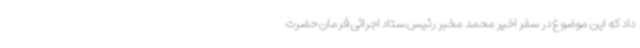
داد که این موضوع در سفر اخیر محمد مخبر رئیس ستاد اجرائی فرمان حضرت